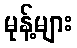
မုန့်များ